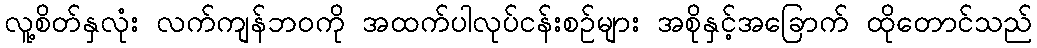
လူ့စိတ်နှလုံး လက်ကျန်ဘဝကို အထက်ပါလုပ်ငန်းစဉ်များ အစိုနှင့်အခြောက် ထိုတောင်သည်